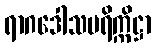
ရာဂဒေါသပရိက္ကိဋ္ဌာ